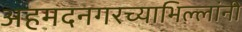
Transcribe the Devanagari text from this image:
अहमदनगरच्याभिल्लांनी